system: You are a helpful assistant.
user:
Analyze the provided spectrum to determine if it is a **"Cataclysmic Variables (CV)"**.

- **Key Indicators for CV (Check for either state):**
    - **State 1: Quiescent / Low-State (Emission-Dominated)**
        - **(Primary):** Strong and *very broad* Hydrogen Balmer emission lines (e.g., $H\alpha$ at 6563 Å, $H\beta$ at 4861 Å). The 'broadness' (high velocity dispersion, often FWHM > 1000 km/s) is the key diagnostic, indicating a high-velocity accretion disk.
        - **(Secondary):** Broad neutral Helium (He I) emission lines (e.g., 5876 Å, 6678 Å).
        - **(Key Confirmation):** Presence of high-excitation *ionized* Helium (He II) emission at 4686 Å. This is a strong indicator of accretion onto a white dwarf.
        - **(Line Profile):** Emission lines may exhibit a 'double-peaked' profile, which is a classic signature of a rotating accretion disk viewed at high inclination.

    - **State 2: Outburst / High-State (Absorption-Dominated)**
        - **(Primary):** Spectrum is dominated by a bright, blue continuum (looks like a hot star).
        - **(Secondary):** The emission lines from State 1 are weak, absent, or 'filled in', and are replaced by broad, shallow *absorption* lines (primarily Balmer and He I).
        - **(Morphology):** The overall spectrum mimics a hot B/A-type star. The crucial difference is that the absorption lines are significantly broader, shallower, and more 'washed-out' (or 'smeared') than the sharp lines of a normal stellar photosphere, due to high rotational speeds and pressure broadening in the disk.

Think first, call **spectral_visualization_tool** if needed to examine features in detail, then provide your final answer. Your response must adhere to the following strict rules:
1.  **Overall Structure:** Your response must follow the format `<think>...</think> <tool_call>...</tool_call> (if a tool is used) <answer>...</answer>`.
2.  **Tool Usage Constraint:** You may only make **one** tool call per turn.
3.  **Final Answer Format:** In the `<answer>` tag, your conclusion must be inside a `\boxed{}` command (e.g., `\boxed{YES}`), followed by your justification.

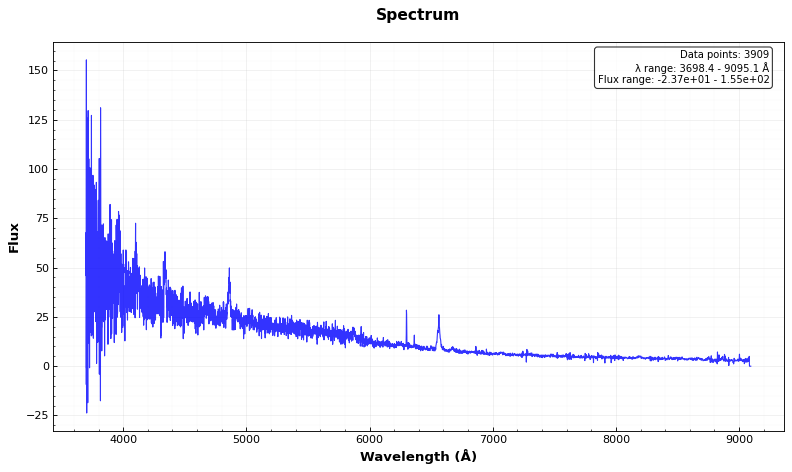
Answer: YES